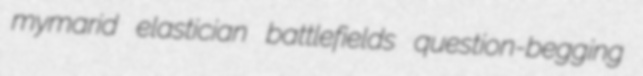
mymarid elastician battlefields question-begging